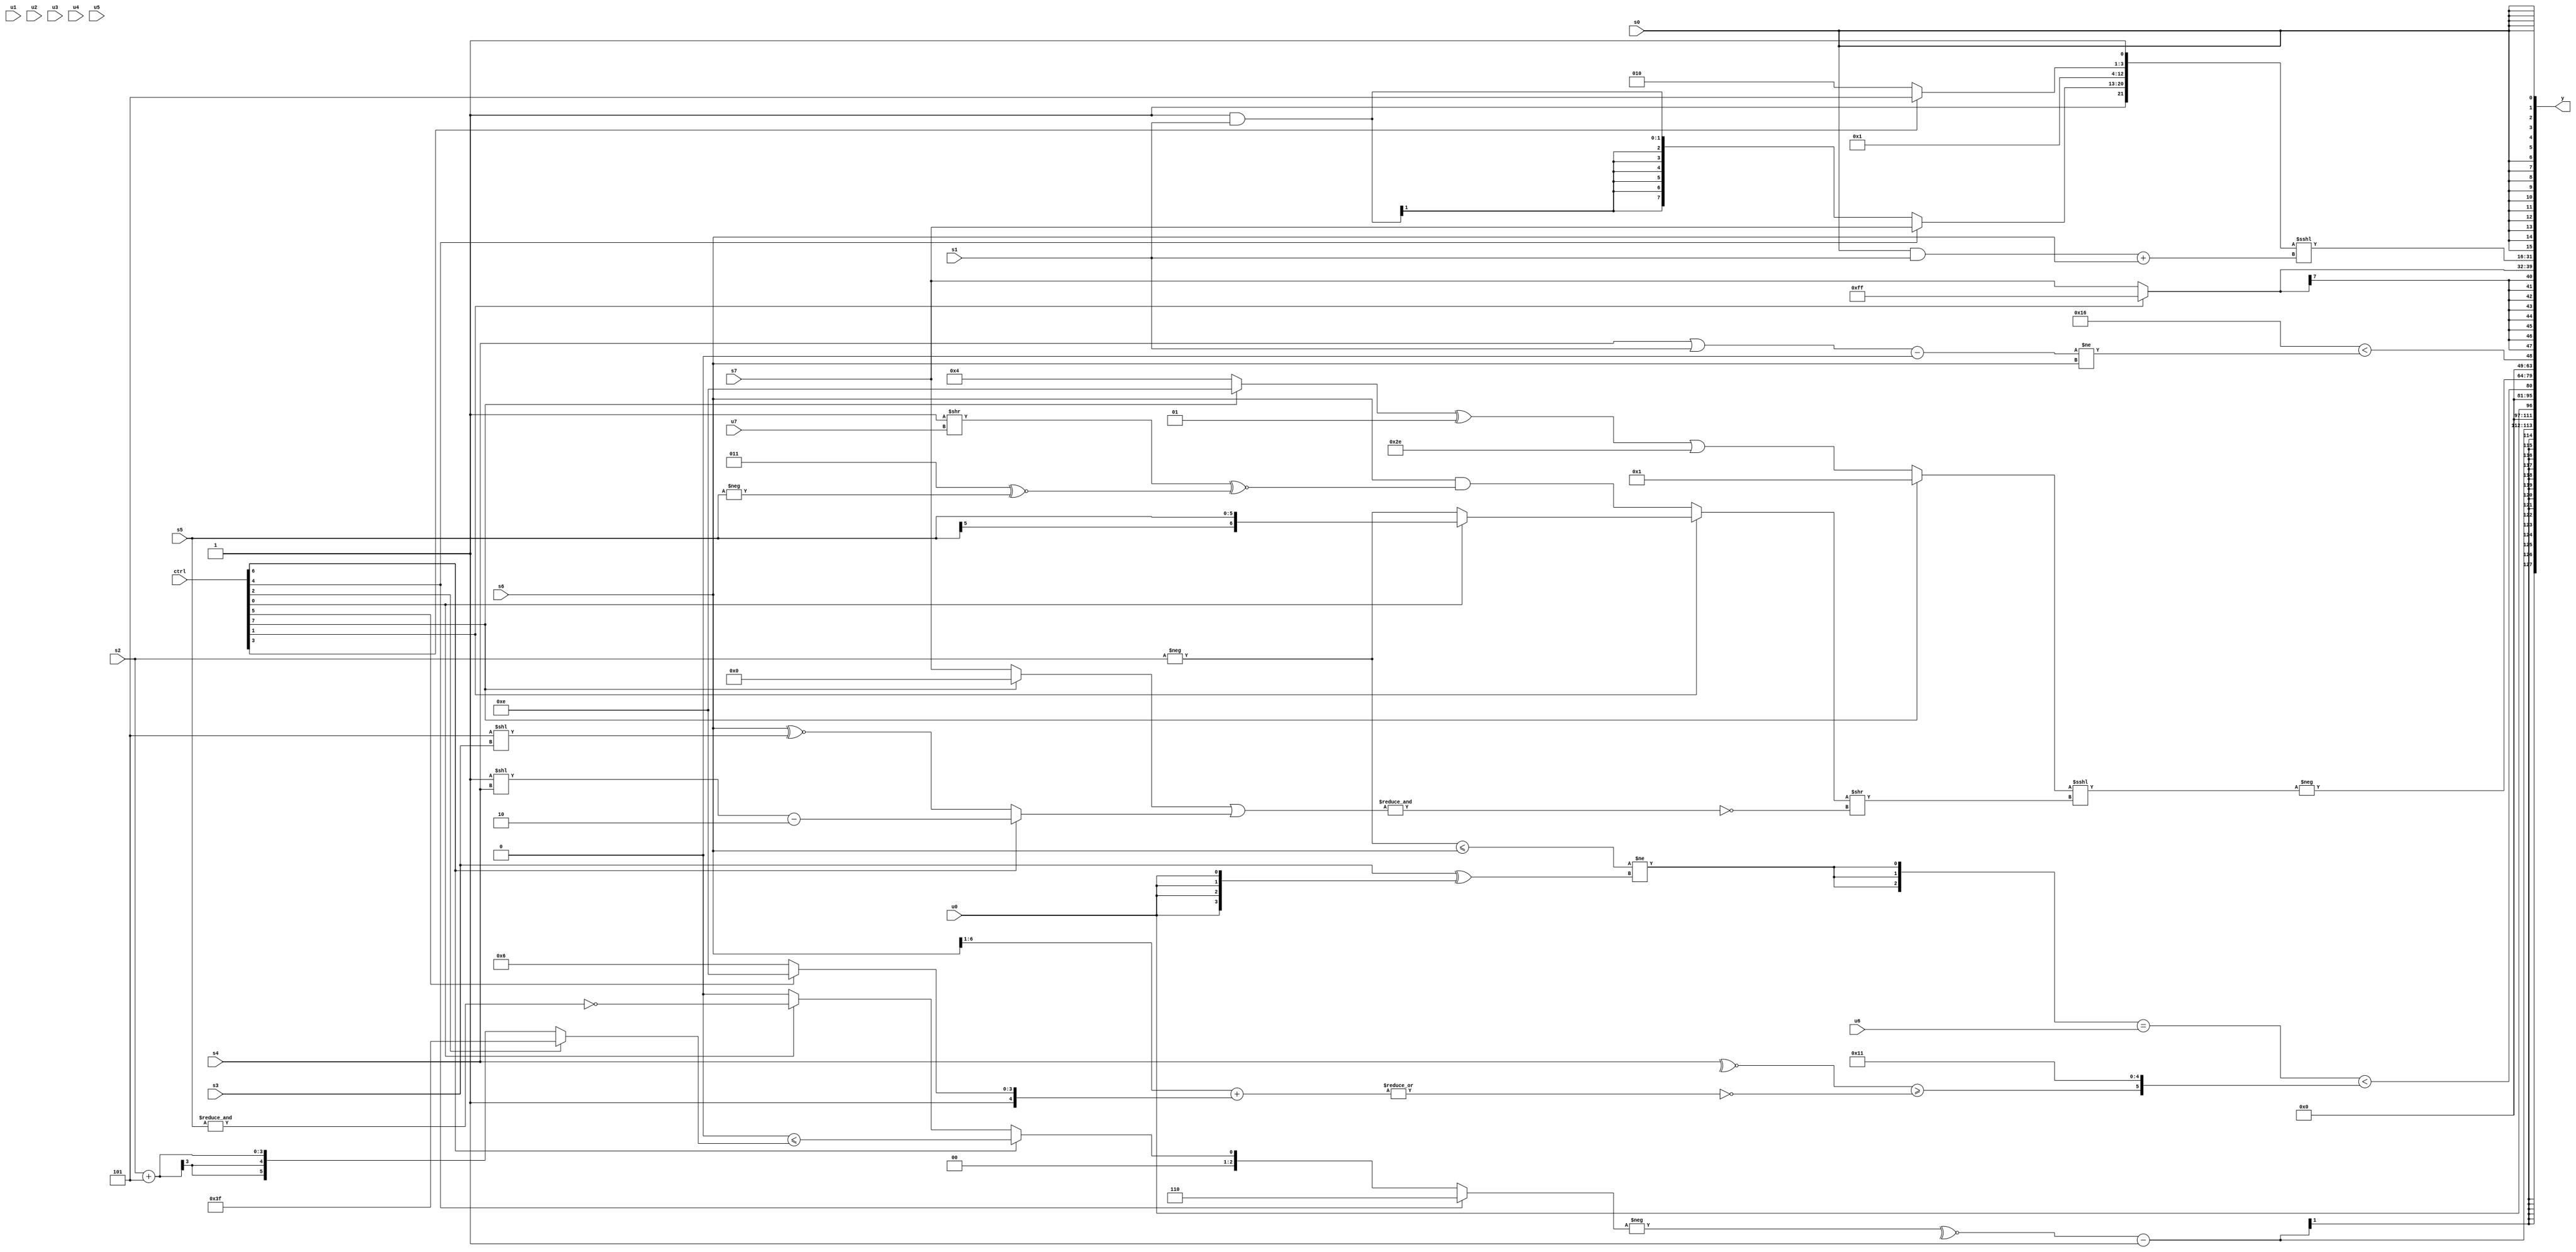
module wideexpr_00831(ctrl, u0, u1, u2, u3, u4, u5, u6, u7, s0, s1, s2, s3, s4, s5, s6, s7, y);
  input [7:0] ctrl;
  input [0:0] u0;
  input [1:0] u1;
  input [2:0] u2;
  input [3:0] u3;
  input [4:0] u4;
  input [5:0] u5;
  input [6:0] u6;
  input [7:0] u7;
  input signed [0:0] s0;
  input signed [1:0] s1;
  input signed [2:0] s2;
  input signed [3:0] s3;
  input signed [4:0] s4;
  input signed [5:0] s5;
  input signed [6:0] s6;
  input signed [7:0] s7;
  output [127:0] y;
  wire [15:0] y0;
  wire [15:0] y1;
  wire [15:0] y2;
  wire [15:0] y3;
  wire [15:0] y4;
  wire [15:0] y5;
  wire [15:0] y6;
  wire [15:0] y7;
  assign y = {y0,y1,y2,y3,y4,y5,y6,y7};
  assign y0 = (~^(-((ctrl[4]?5'sb00110:+((ctrl[6]?(1'sb0)<=((ctrl[2]?-(3'sb001):(s2)+(6'sb111101))):(ctrl[0]?{~&(s5)}:((ctrl[3]?4'sb1100:1'sb1))>>((6'sb101111)+(1'sb0)))))))))-((6'sb100001)!=(2'sb01));
  assign y1 = +($unsigned(u0));
  assign y2 = (({3{((-(s2))<=($signed(s6)))!=((s3)^({4{u0}}))}})==(u6))<({(~^(s4))>=(~|(((s6)>>>(3'b001))+((ctrl[5]?4'sb1110:6'sb110110)))),$unsigned(5'sb10001)});
  assign y3 = -(((ctrl[7]?~&(|((^((5'sb10101)<<<(s7)))<<<(4'b1010))):{($signed(((ctrl[7]?2'sb10:4'sb0100))^($signed(3'sb001))))|($signed(6'sb101110))}))<<<(((ctrl[1]?(ctrl[0]?s5:-(s2)):(s6)&(((1'sb1)>>(+(u7)))^~((4'sb0011)^~(-(s5))))))>>(~&(((ctrl[7]?+((1'sb0)>>>(4'b1111)):s7))|((ctrl[6]?((1'sb1)<<(s4))-(-(3'sb010)):(s6)^~((5'sb11101)<<(s3))))))));
  assign y4 = (6'sb010110)<($signed((+((($signed(s4))|(s1))-(1'sb0)))!=(s6)));
  assign y5 = (ctrl[1]?1'sb1:s7);
  assign y6 = ($signed({2'sb11,(ctrl[4]?s7:(2'sb11)&(s1)),{{4{2'b00}},(ctrl[3]?3'sb101:4'sb1010),(2'b11)!=(1'sb1)}}))<<<($signed((($signed(s0))&(s1))+(s6)));
  assign y7 = s0;
endmodule